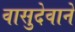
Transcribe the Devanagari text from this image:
वासुदेवाने